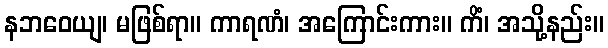
နဘဝေယျ၊ မဖြစ်ရာ။ ကာရဏံ၊ အကြောင်းကား။ ကိံ၊ အသို့နည်း။